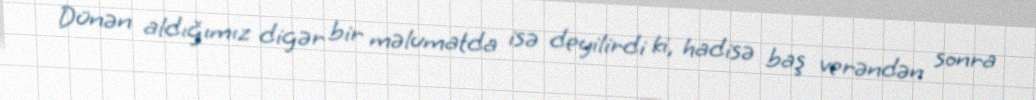
Dünən aldığımız digər bir məlumatda isə deyilirdi ki, hadisə baş verəndən sonra